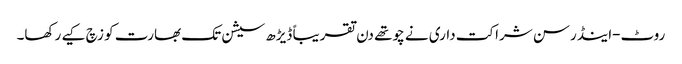
روٹ-اینڈرسن شراکت داری نے چوتھے دن تقریباً ڈیڑھ سیشن تک بھارت کو زچ کیے رکھا۔